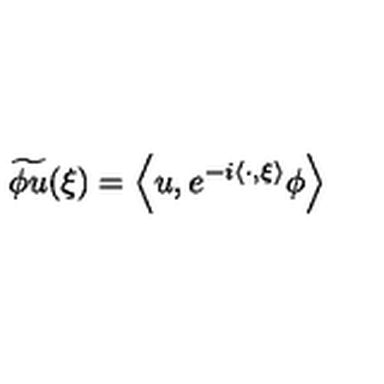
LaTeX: \widetilde { \phi u } ( \xi ) = \left\langle u , e ^ { - i \left\langle \cdot , \xi \right\rangle } \phi \right\rangle